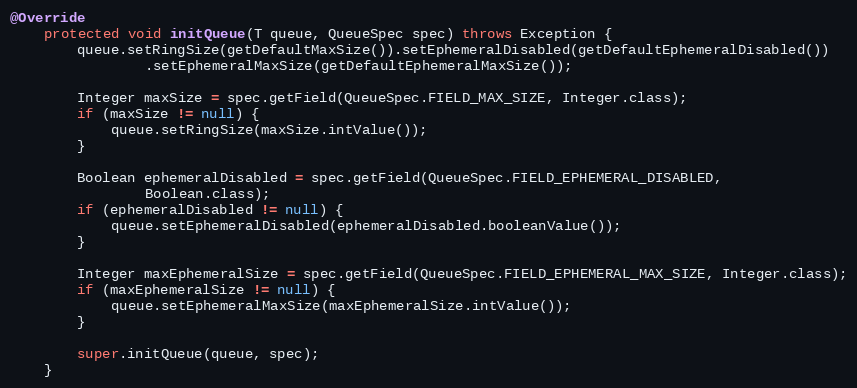
Language: Java
@Override
    protected void initQueue(T queue, QueueSpec spec) throws Exception {
        queue.setRingSize(getDefaultMaxSize()).setEphemeralDisabled(getDefaultEphemeralDisabled())
                .setEphemeralMaxSize(getDefaultEphemeralMaxSize());

        Integer maxSize = spec.getField(QueueSpec.FIELD_MAX_SIZE, Integer.class);
        if (maxSize != null) {
            queue.setRingSize(maxSize.intValue());
        }

        Boolean ephemeralDisabled = spec.getField(QueueSpec.FIELD_EPHEMERAL_DISABLED,
                Boolean.class);
        if (ephemeralDisabled != null) {
            queue.setEphemeralDisabled(ephemeralDisabled.booleanValue());
        }

        Integer maxEphemeralSize = spec.getField(QueueSpec.FIELD_EPHEMERAL_MAX_SIZE, Integer.class);
        if (maxEphemeralSize != null) {
            queue.setEphemeralMaxSize(maxEphemeralSize.intValue());
        }

        super.initQueue(queue, spec);
    }